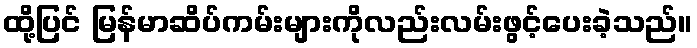
ထို့ပြင် မြန်မာဆိပ်ကမ်းများကိုလည်းလမ်းဖွင့်ပေးခဲ့သည်။